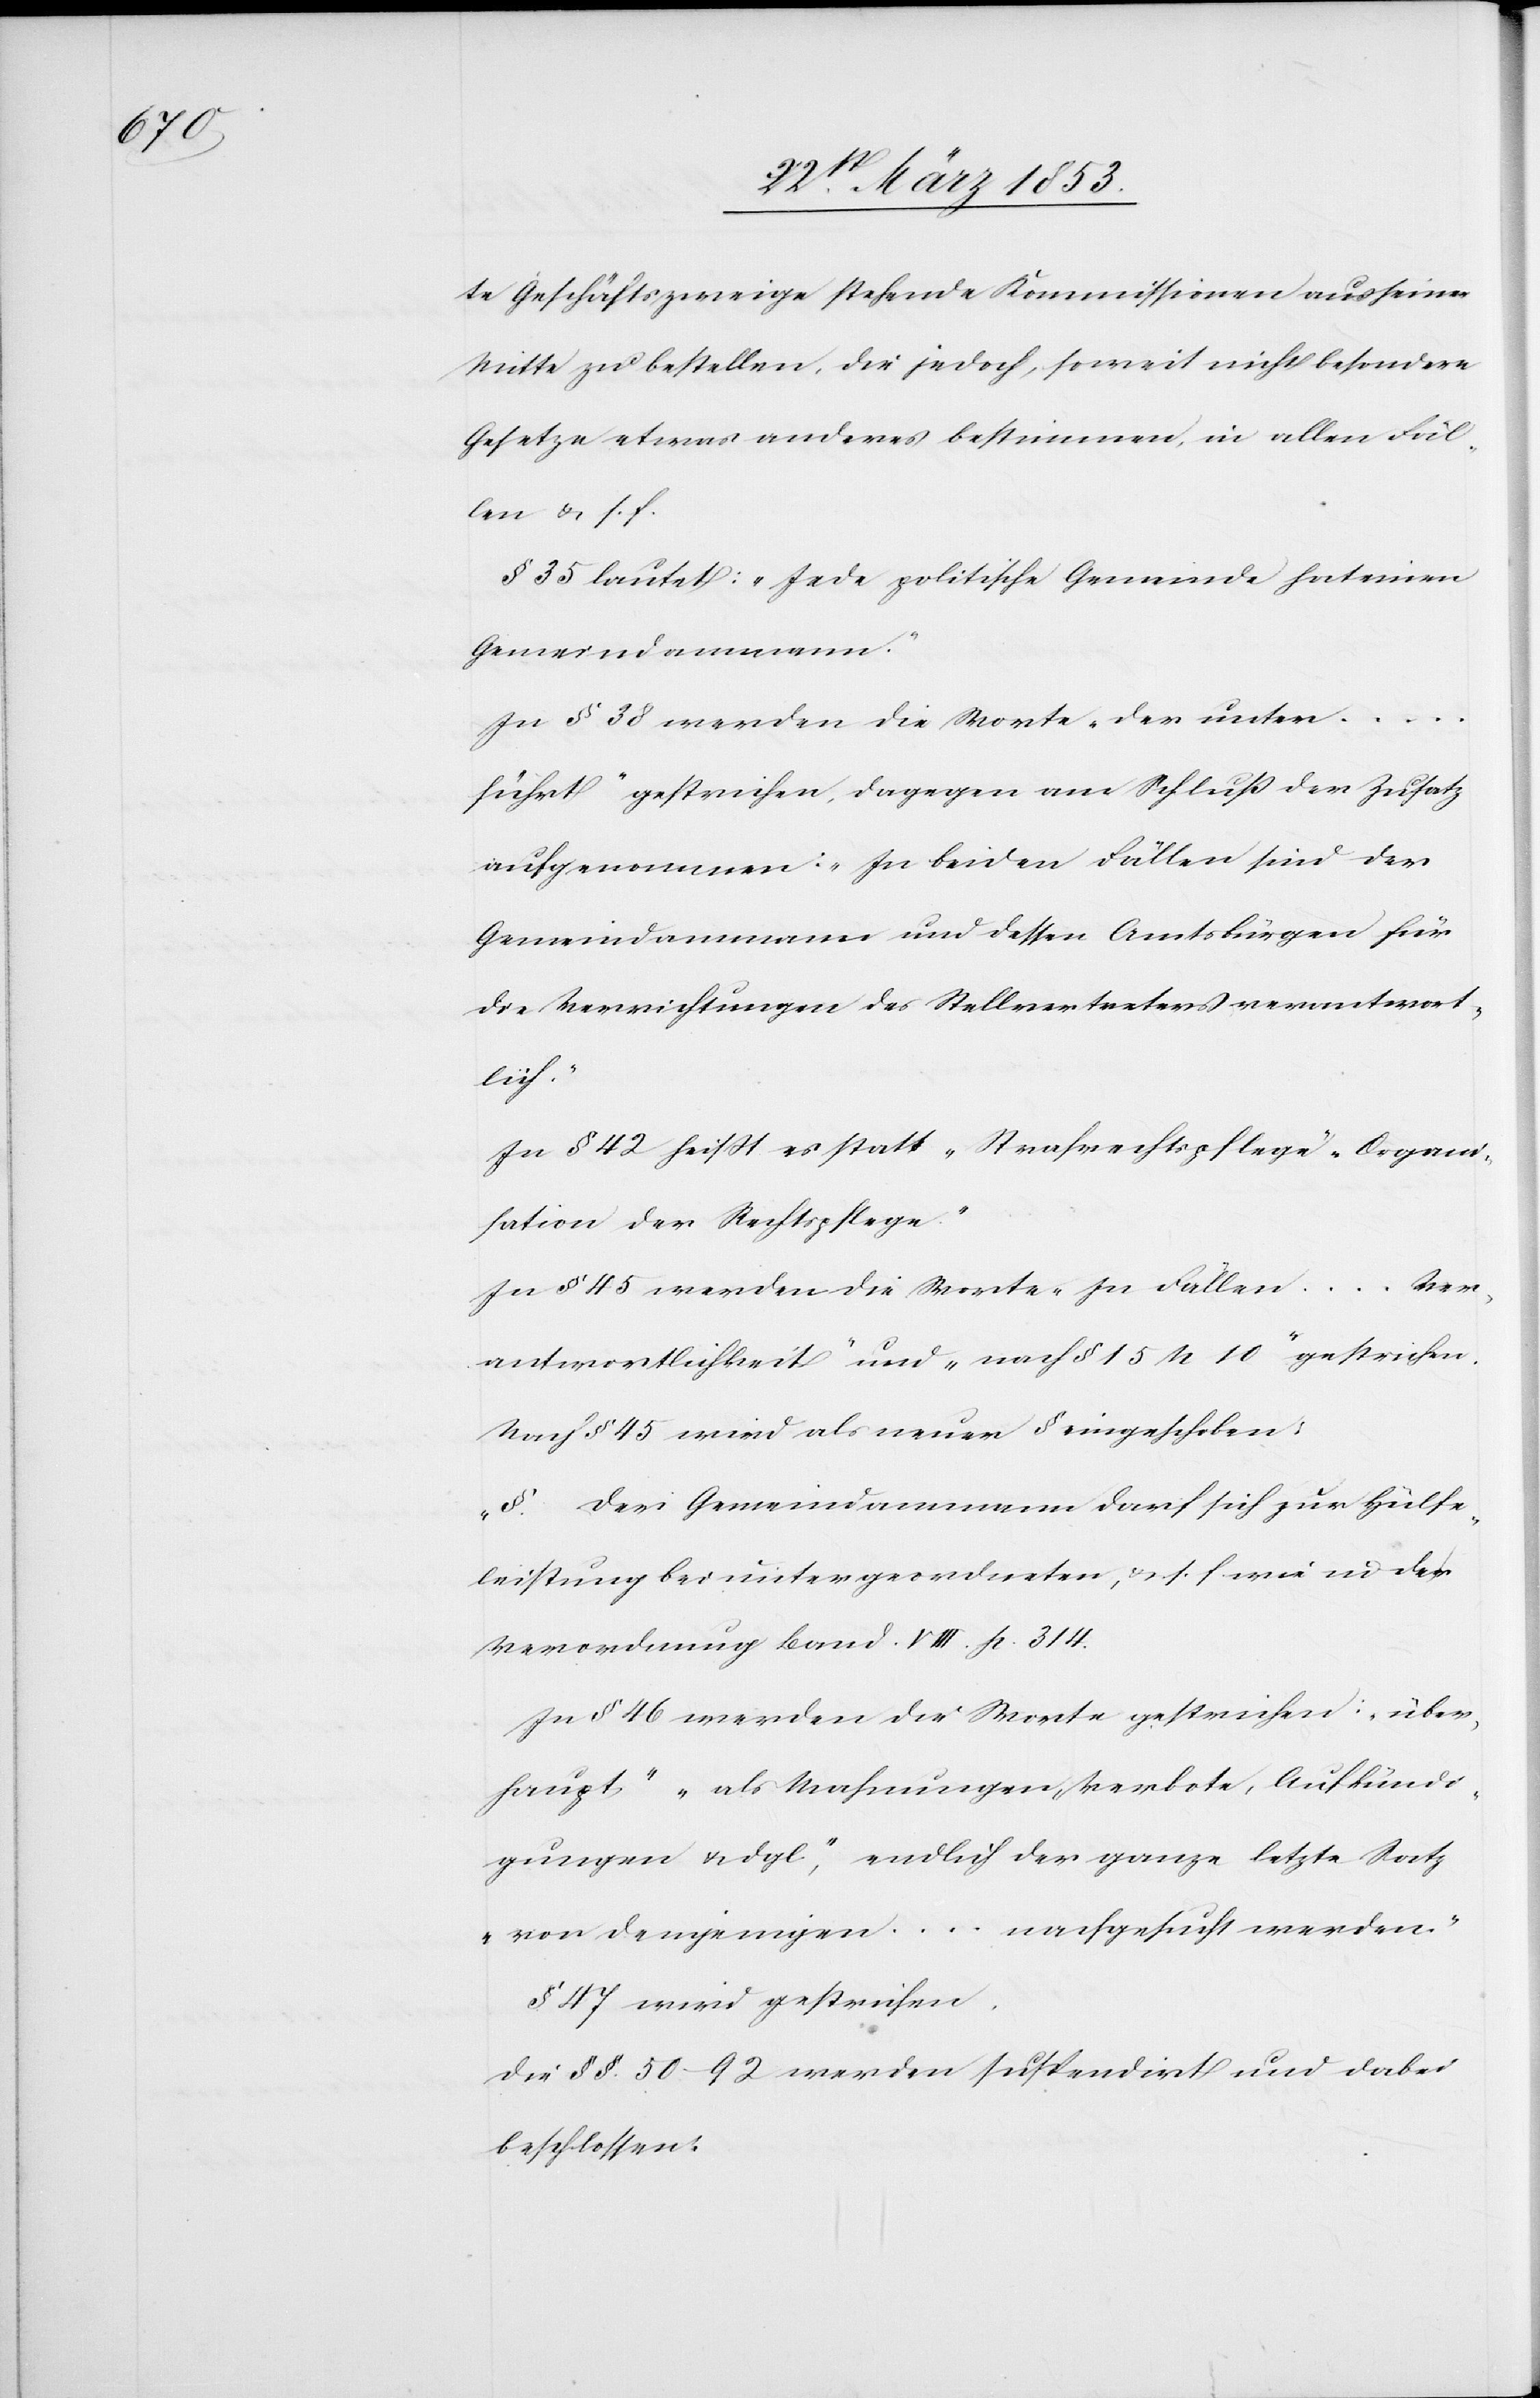
te Geschäftszweige stehende Kommissionen aus seiner
Mitte zu bestellen, die jedoch, soweit nicht besondere
Gesetze etwas anderes bestimmen, in allen Fäl¬
len u. s. f.
§ 35 lautet: „Jede politische Gemeinde hat einen
Gemeindammann.“
In § 38 werden die Worte „der unter …
führt“ gestrichen, dagegen am Schluß der Zusatz
aufgenommen: „In beiden Fällen sind der
Gemeindammann und dessen Amtsbürger für
die Verrichtungen des Stellvertreters verantwort¬
lich.“
In § 42 heißt es statt „Strafrechtspflege“ „Organi¬
sation der Rechtspflege.“
In § 45 werden die Worte „In Fällen … Ver¬
antwortlichkeit“ und „nach § 15 N 10“ gestrichen.
Nach § 45 wird als neuer § eingeschoben:
„§. Der Gemeindammann darf sich zur Hülfe¬
leistung bei untergeordneten, u. s. f. wie in der
Verordnung Band V. III. p. 314.
In § 46 werden die Worte gestrichen: „über¬
haupt“ „als Mahnungen, Verbote, Aufkündi¬
gungen u. dgl.“, endlich der ganze letzte Satz
„von demjenigen … nachgesucht werden.“
§ 47 wird gestrichen.
Die §§ 50–92 werden suspendirt und dabei
beschlossen: